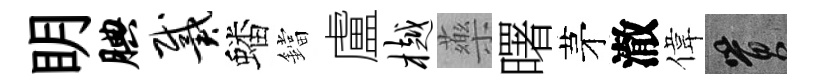
眀腆戴蟠鐺盧樾藥曙茅澈偉篔